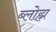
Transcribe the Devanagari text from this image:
ब्लोह्म